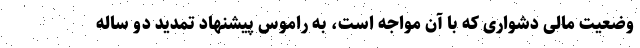
وضعیت مالی دشواری که با آن مواجه است، به راموس پیشنهاد تمدید دو ساله